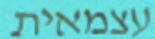
עצמאית